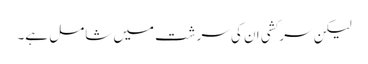
لیکن سرکشی ان کی سرشت میں شامل ہے۔